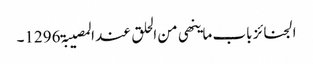
الجنائز باب ما ینھی من الحلق عند المصیبۃ 1296۔